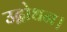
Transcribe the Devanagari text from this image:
उद्बोधन।